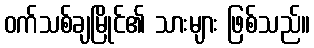
ဝက်သစ်ချမြိုင်၏ သားများ ဖြစ်သည်။